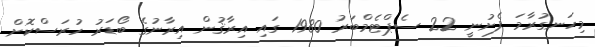
މިހަނގުރާމަ ފެށުނީ 22 ސެޕްޓެމްބަރު 1980 ގައި އިރާޤުން އިރާނުގެ ބޯޑަރު ހުރަސްކޮށް